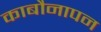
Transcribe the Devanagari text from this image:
काबौनापन